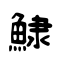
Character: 𩸙